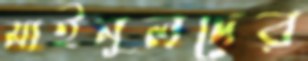
মাইনুলদের